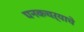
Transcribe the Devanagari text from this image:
घनकचऱ्याचे